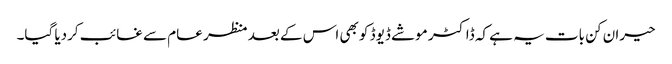
حیران کن بات یہ ہے کہ ڈاکٹر موشے ڈیوڈ کو بھی اس کے بعد منظر عام سے غائب کردیا گیا۔